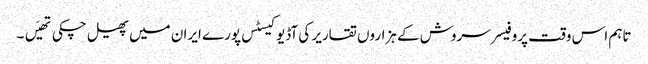
تاہم اس وقت پروفیسر سروش کے ہزاروں تقاریر کی آڈیو کیسٹس پورے ایران میں پھیل چکی تھیَں۔